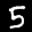
Label: 5